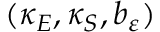
( \kappa _ { E } , \kappa _ { S } , b _ { \varepsilon } )